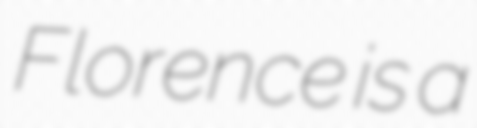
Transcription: Florence is a